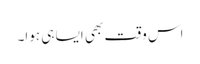
اس وقت بھی ایسا ہی ہوا۔